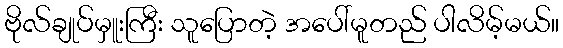
ဗိုလ်ချုပ်မှူးကြီး သူပြောတဲ့ အပေါ်မူတည် ပါလိမ့်မယ်။